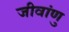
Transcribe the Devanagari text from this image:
जीवांणु